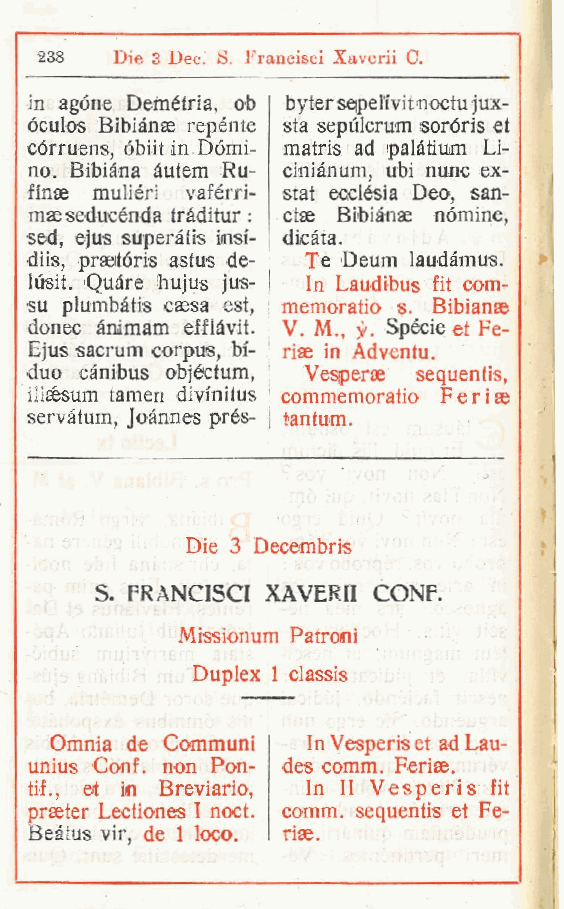
238  Die 3 Dee. S. Francisci Xaverii C.
 in agóne Demétria, ob byter sepeli'vit noctu jux-
 óculos Bibiànse repènte sta sepulcrum soróris et
 córruens, óbiit in Dòmi- matris ad palàtiua Li-
 no. Bibiàna àutem Ru- ciniànum, ubi nunc ex-
 ffnae muliéri vaférri- stat ecclèsia Deo, san-
 maeseducénda tràditur : ctse Bibiànse nòmine,
 sed, ejus superàtis insi- dicàta.
 diis, praeitóris astus de- Te Deum laudàmus.
 lùsit. Quàre iiujus jus- In Laudibus fit com-
 su plumbàtis csesa est, memoratio s. Bibianae
 donec ànimam efflàvit. V M., Spècie et Fe-
 .
 Ejus sacrum corpus, bi- riae in Adventu.
 duo cànibus objéctum, Vesperae sequentis,
 illsesum tamen divinitus commemoratio Feriae
 servàtum, joànnes prés- tantum.
 Die 3 Decembris
 S  FRANCISCI XAVERII CONF.
 .
 Missionum Patroni
 Duplex 1 classis
 Omnia de Communi In Vesperis et ad Lau-
 unius Conf. non Pon- des comm. Feriae.
 ti!., et in Breviario, In II Vesperis fit
 praeter Lectiones I noct. comm. sequentis et Fé-
 Beàtus vir, de 1 loco. rise.
 r